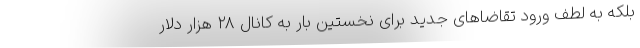
بلکه به لطف ورود تقاضاهای جدید برای نخستین بار به کانال ۲۸ هزار دلار